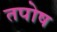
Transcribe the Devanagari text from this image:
तपोष